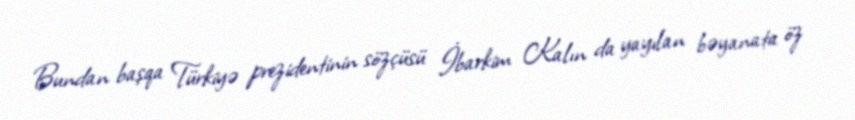
Bundan başqa Türkiyə prezidentinin sözçüsü İbarkim Kalın da yayılan bəyanata öz